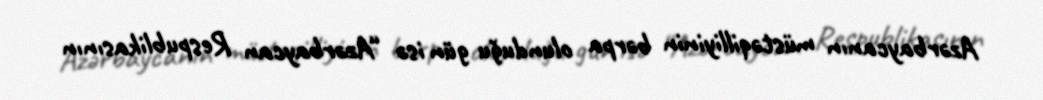
Azərbaycanın müstəqilliyinin bərpa olunduğu gün isə “Azərbaycan Respublikasının